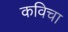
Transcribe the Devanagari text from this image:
कविचा